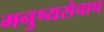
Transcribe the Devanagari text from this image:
मनुष्यसेवाच